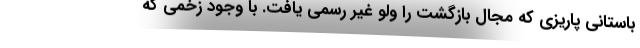
باستانی پاریزی که مجال بازگشت را ولو غیر رسمی یافت. با وجود زخمی که